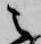
之